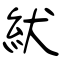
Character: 紎